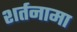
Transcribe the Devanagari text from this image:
शर्तनामा